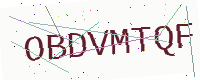
Text: OBDVMTQF